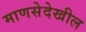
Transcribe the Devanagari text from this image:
माणसेदेखील